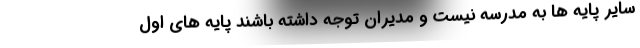
سایر پایه ها به مدرسه نیست و مدیران توجه داشته باشند پایه های اول